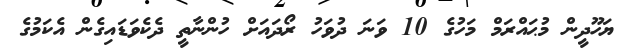
ޔަހޫދީން މުޙައްރަމް މަހުގެ 10 ވަނަ ދުވަހު ރޯދައަށް ހުންނާތީ ދެކެވަޑައިގެން އެކަމުގެ